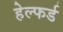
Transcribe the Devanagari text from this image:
हेल्फर्ड